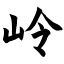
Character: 岭